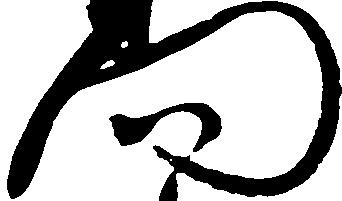
門